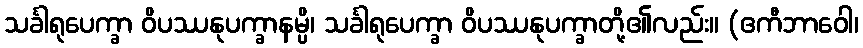
သင်္ခါရုပေက္ခာ ဝိပဿနုပက္ခာနမ္ပိ၊ သင်္ခါရုပေက္ခာ ဝိပဿနုပက္ခာတို့၏လည်း။ (ဧကီဘာဝေါ၊